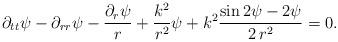
LaTeX: \begin{align*}\partial_{tt}\psi-\partial_{rr}\psi-\frac{\partial_r\psi}{r}+\frac{k^2}{r^2}\psi+k^2\frac{\sin{2\psi}-2\psi}{2\,r^2}=0.\end{align*}